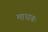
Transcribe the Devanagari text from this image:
माधवः